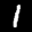
Label: 1